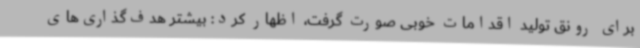
برای رونق تولید اقدامات خوبی صورت گرفت، اظهار کرد: بیشتر هدف‌گذاری‌های